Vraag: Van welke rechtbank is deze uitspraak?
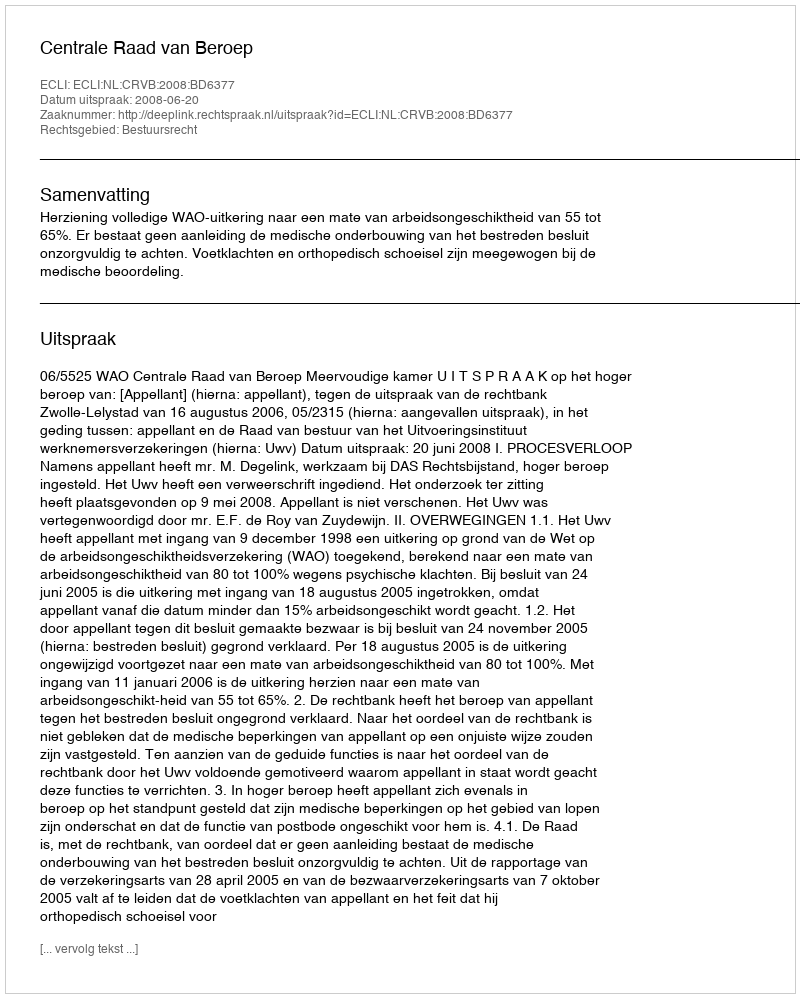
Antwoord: Centrale Raad van Beroep